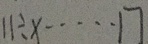
1 1 \div x \cdots \square